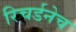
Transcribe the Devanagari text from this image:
रिचर्डनेच